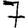
Digit: 7